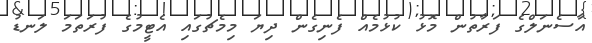
އާސެނަލްގެ ފަރާތުން މޮޅު ކުޅުމެއް ފެނިގެން ދިޔަ މިމެޗުގައި އެޓީމުގެ ފުރަތަމަ ލަނޑު